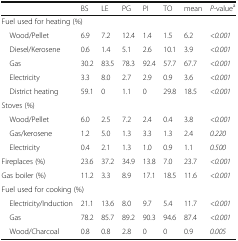
<table><thead><tr><td></td><td><b>BS</b></td><td><b>LE</b></td><td><b>PG</b></td><td><b>PI</b></td><td><b>TO</b></td><td><b>mean</b></td><td><b><i>P-</i>value<sup>a</sup></b></td></tr></thead><tbody><tr><td colspan="8">Fuel used for heating (%)</td></tr><tr><td> Wood/Pellet</td><td>6.9</td><td>7.2</td><td>12.4</td><td>1.4</td><td>1.5</td><td>6.2</td><td><i>&lt;0.001</i></td></tr><tr><td> Diesel/Kerosene</td><td>0.6</td><td>1.4</td><td>5.1</td><td>2.6</td><td>10.1</td><td>3.9</td><td><i>&lt;0.001</i></td></tr><tr><td> Gas</td><td>30.2</td><td>83.5</td><td>78.3</td><td>92.4</td><td>57.7</td><td>67.7</td><td><i>&lt;0.001</i></td></tr><tr><td> Electricity</td><td>3.3</td><td>8.0</td><td>2.7</td><td>2.9</td><td>0.9</td><td>3.6</td><td><i>&lt;0.001</i></td></tr><tr><td> District heating</td><td>59.1</td><td>0</td><td>1.1</td><td>0</td><td>29.8</td><td>18.5</td><td><i>&lt;0.001</i></td></tr><tr><td colspan="8">Stoves (%)</td></tr><tr><td> Wood/Pellet</td><td>6.0</td><td>2.5</td><td>7.2</td><td>2.4</td><td>0.4</td><td>3.8</td><td><i>&lt;0.001</i></td></tr><tr><td> Gas/kerosene</td><td>1.2</td><td>5.0</td><td>1.3</td><td>3.3</td><td>1.3</td><td>2.4</td><td><i>0.220</i></td></tr><tr><td> Electricity</td><td>0.4</td><td>2.1</td><td>1.3</td><td>1.0</td><td>0.9</td><td>1.1</td><td><i>0.500</i></td></tr><tr><td>Fireplaces (%)</td><td>23.6</td><td>37.2</td><td>34.9</td><td>13.8</td><td>7.0</td><td>23.7</td><td><i>&lt;0.001</i></td></tr><tr><td>Gas boiler (%)</td><td>11.2</td><td>3.3</td><td>8.9</td><td>17.1</td><td>18.5</td><td>11.6</td><td><i>&lt;0.001</i></td></tr><tr><td colspan="8">Fuel used for cooking (%)</td></tr><tr><td> Electricity/Induction</td><td>21.1</td><td>13.6</td><td>8.0</td><td>9.7</td><td>5.4</td><td>11.7</td><td><i>&lt;0.001</i></td></tr><tr><td> Gas</td><td>78.2</td><td>85.7</td><td>89.2</td><td>90.3</td><td>94.6</td><td>87.4</td><td><i>&lt;0.001</i></td></tr><tr><td> Wood/Charcoal</td><td>0.8</td><td>0.8</td><td>2.8</td><td>0</td><td>0</td><td>0.9</td><td><i>0.005</i></td></tr></tbody></table>